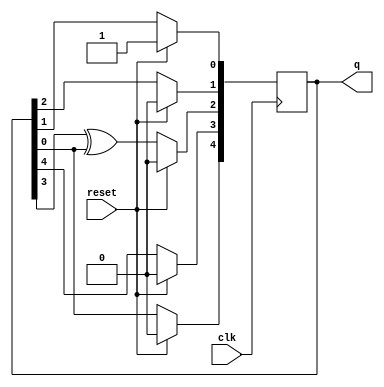
module top_module(
    input clk,
    input reset,    // Active-high synchronous reset to 5'h1
    output reg [4:0] q
); 
wire d3;
assign d3 = q[3] ^ q[0];

always @(posedge clk) begin

    if(reset) q<=5'b1;
    else begin

        q[0] <= q[1];
        q[1] <= q[2];
        q[2] <= d3;
        q[3] <= q[4];
        q[4] <= q[0];
    end

end
endmodule